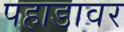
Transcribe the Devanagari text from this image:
पहाडावर